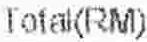
TOTAL(RM)